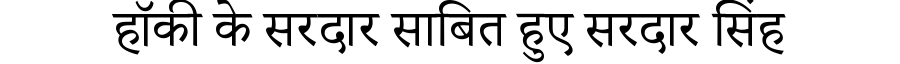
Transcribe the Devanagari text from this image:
हॉकी के सरदार साबित हुए सरदार सिंह